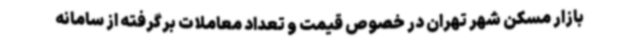
بازار مسکن شهر تهران در خصوص قیمت و تعداد معاملات برگرفته از سامانه